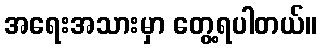
အရေးအသားမှာ တွေ့ရပါတယ်။